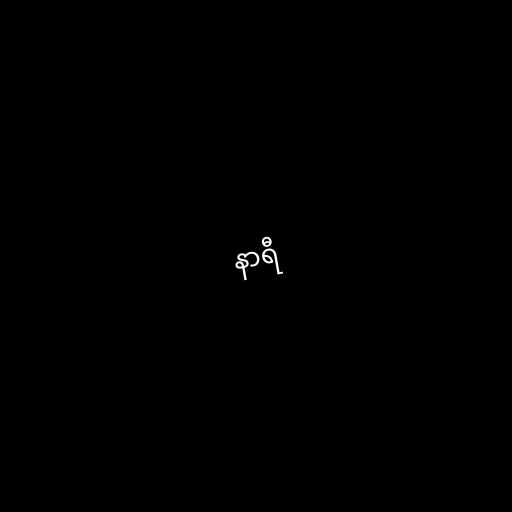
နာရီ